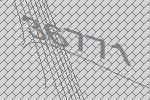
36771